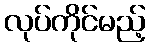
လုပ်ကိုင်မည့်